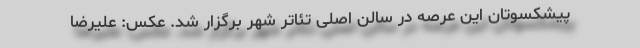
پیشکسوتان این عرصه در سالن اصلی تئاتر شهر برگزار شد. عکس: علیرضا